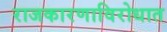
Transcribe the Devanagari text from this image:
राजकारणाविरोधात